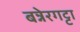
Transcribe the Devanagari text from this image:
बन्नेरगट्टा